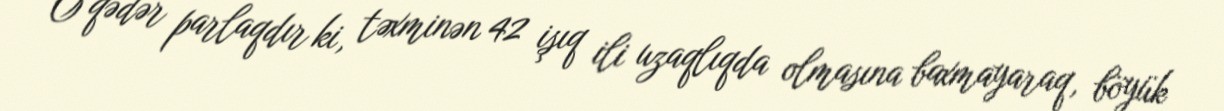
O qədər parlaqdır ki, təxminən 42 işıq ili uzaqlıqda olmasına baxmayaraq, böyük